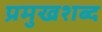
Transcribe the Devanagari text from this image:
प्रमुखशब्द